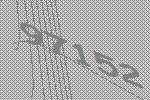
97152